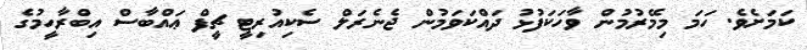
ކަމަށެވެ. ހަމަ މިމޭރުމުން ވާހަކަފުޅު ދައްކަވަމުން ޖެނެރަލް ސެކިއުރިޓީ ޗީފް ޢައްބާސް އިބްރާހީމުގެ